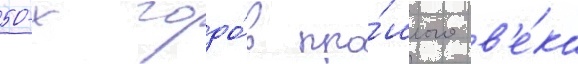
50-х годо́в про́шлого в'е́ка